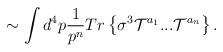
LaTeX: \begin{align*}\sim \int d^4p \frac{1}{p^{n}}Tr\left\{\sigma^3{\cal T}^{a_1}...{\cal T}^{a_n}\right\}.\end{align*}